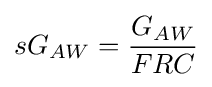
sG_{AW}={\frac {G_{AW}}{FRC}}